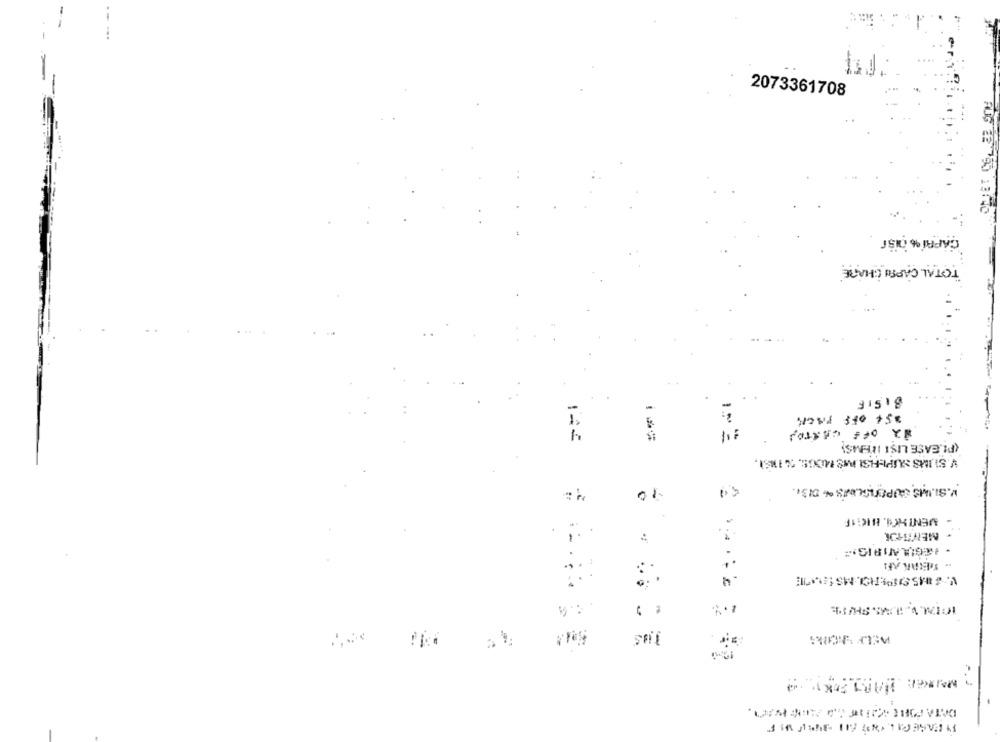
2073361708
CAPRI % DiBT
TOTAL CAPSU SHARE
31519
V.SI MMS JUPITER.048 % DI3.
= "
...
.
.....